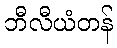
ဘီလီယံတန်